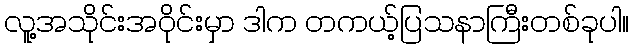
လူ့အသိုင်းအဝိုင်းမှာ ဒါက တကယ့်ပြသနာကြီးတစ်ခုပါ။